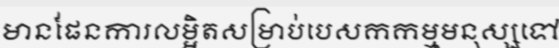
មានផែនការលម្អិតសម្រាប់បេសកកម្មមនុស្សទៅ